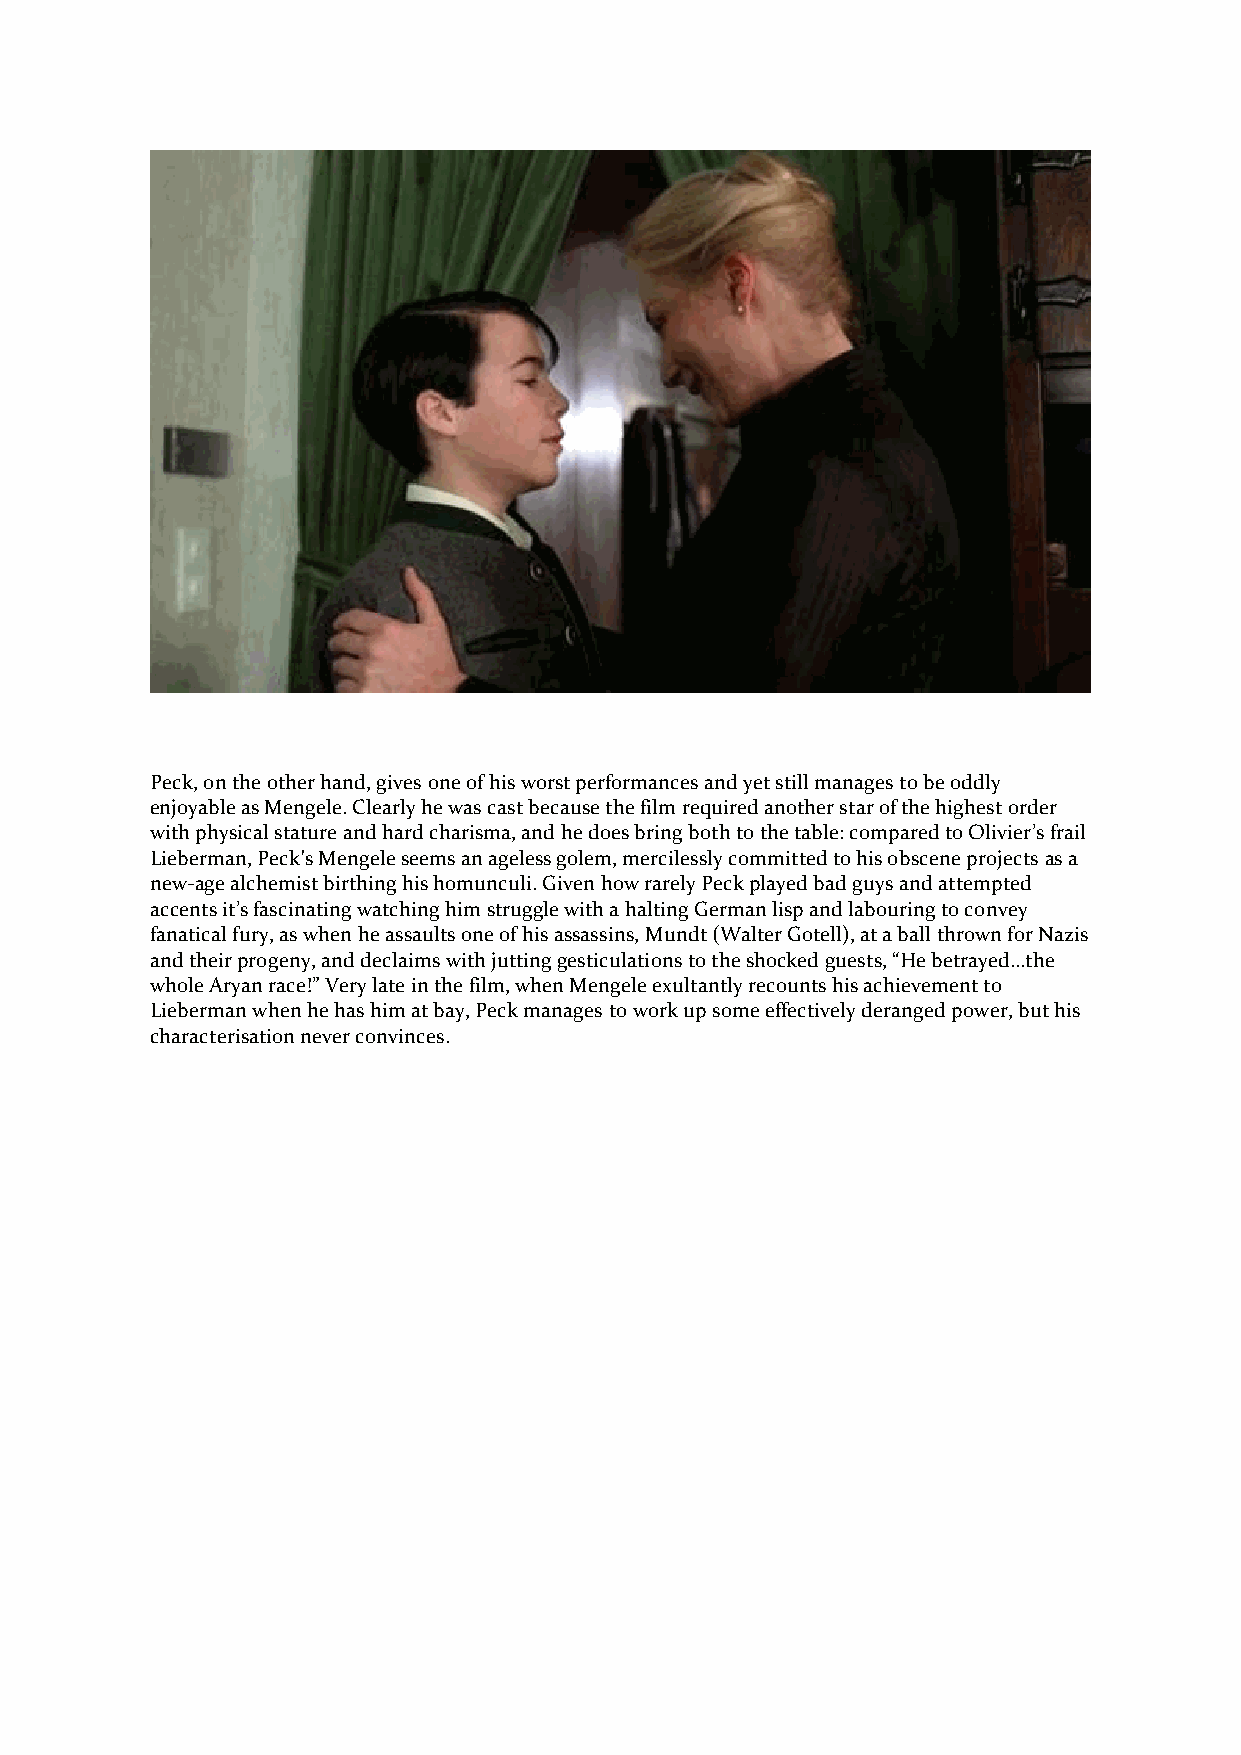
Peck, on the other hand, gives one of his worst performances and yet still manages to be oddly
 enjoyable as Mengele. Clearly he was cast because the film required another star of the highest order
 with physical stature and hard charisma, and he does bring both to the table: compared to Olivier’s frail
 Lieberman, Peck's Mengele seems an ageless golem, mercilessly committed to his obscene projects as a
 new-age alchemist birthing his homunculi. Given how rarely Peck played bad guys and attempted
 accents it’s fascinating watching him struggle with a halting German lisp and labouring to convey
 fanatical fury, as when he assaults one of his assassins, Mundt (Walter Gotell), at a ball thrown for Nazis
 and their progeny, and declaims with jutting gesticulations to the shocked guests, “He betrayed…the
 whole Aryan race!” Very late in the film, when Mengele exultantly recounts his achievement to
 Lieberman when he has him at bay, Peck manages to work up some effectively deranged power, but his
 characterisation never convinces.